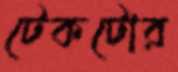
টেকটোর